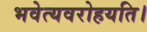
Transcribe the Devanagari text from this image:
भवेत्यवरोहयति।